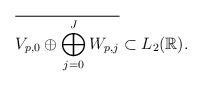
LaTeX: \begin{align*}\overline{V_{p,0} \oplus \bigoplus_{j = 0}^{J} W_{p,j} } \subset L_{2}(\mathbb{R}) .\end{align*}